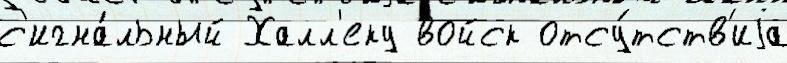
с'игна́льный Халл'еку войск отсу́тств'иjа